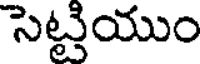
సెట్టియుం